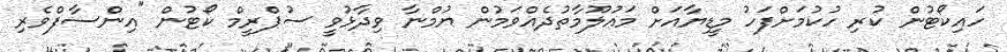
ހައިކޯޓުން ކުރި ހުކުމަށްފަހު މީޑިޔާއަށް މައުލޫމާތުދެއްވަމުން ޔުމްނާ ވިދާޅުވީ ސުޕްރީމް ކޯޓުން "އިންސާފްވެރި